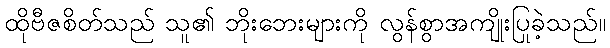
ထိုဗီဇစိတ်သည် သူ၏ ဘိုးဘေးများကို လွန်စွာအကျိုးပြုခဲ့သည်။